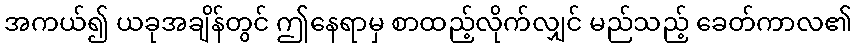
အကယ်၍ ယခုအချိန်တွင် ဤနေရာမှ စာထည့်လိုက်လျှင် မည်သည့် ခေတ်ကာလ၏